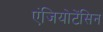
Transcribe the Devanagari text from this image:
एंजियोटेंसिन